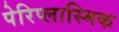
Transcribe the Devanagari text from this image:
पेरिप्लास्मिक